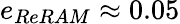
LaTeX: e_{ReRAM}\approx 0.05